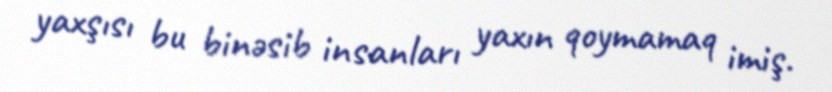
yaxşısı bu binəsib insanları yaxın qoymamaq imiş.